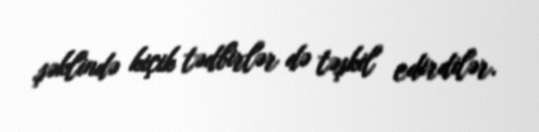
şəklində kiçik tədbirlər də təşkil edirdilər.